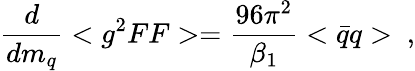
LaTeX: \frac{d}{dm_{q}}<g^{2}FF>=\frac{96\pi^{2}}{\beta_{1}}<\bar{q}q>~,